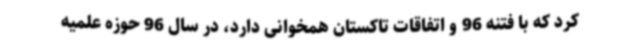
کرد که با فتنه 96 و اتفاقات تاکستان همخوانی دارد، در سال 96 حوزه علمیه